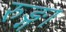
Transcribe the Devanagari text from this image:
रुङ्गा